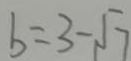
b = 3 - \sqrt { 7 }